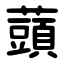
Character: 䕱